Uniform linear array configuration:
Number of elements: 12
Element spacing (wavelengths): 1
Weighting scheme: cosine
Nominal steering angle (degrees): -60
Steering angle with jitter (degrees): -59.282
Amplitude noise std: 0.05
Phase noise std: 0.05

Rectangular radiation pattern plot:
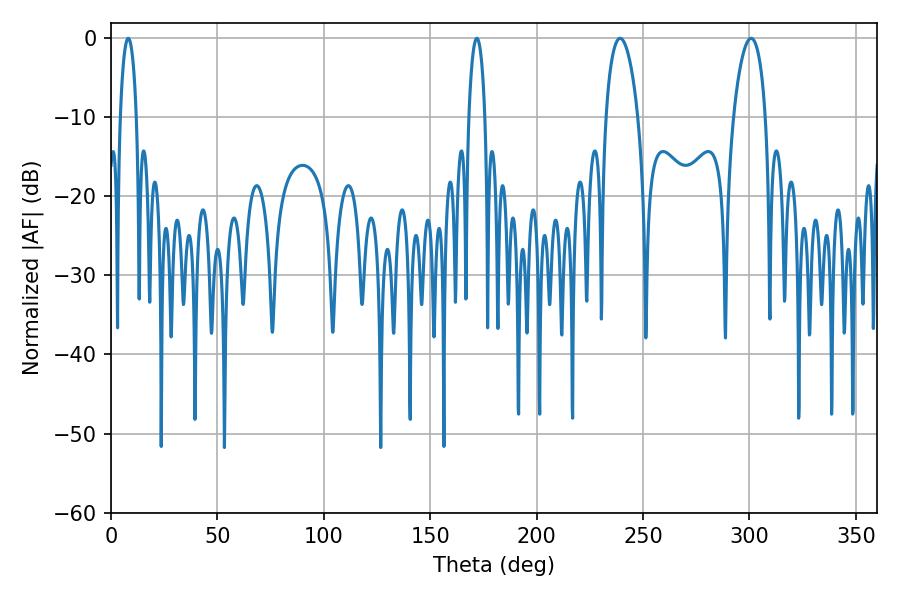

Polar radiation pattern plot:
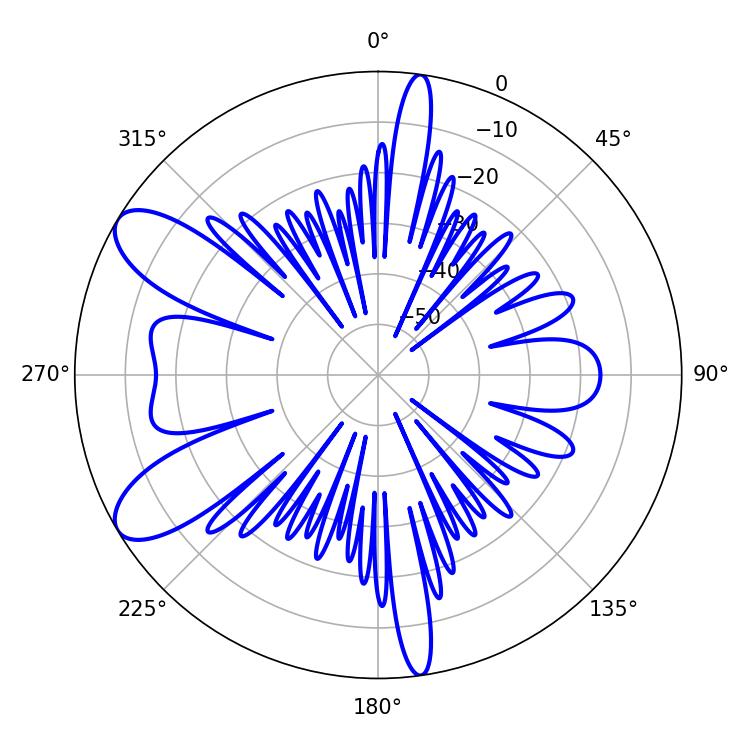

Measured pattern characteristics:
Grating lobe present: TRUE
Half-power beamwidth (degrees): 8.46
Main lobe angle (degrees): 239.22